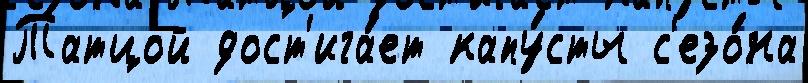
Татцой дост'ига́ет капу́сты с'езо́на